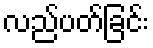
လည်ပတ်ခြင်း